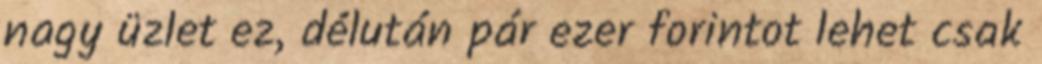
nagy üzlet ez, délután pár ezer forintot lehet csak